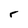
Character: r